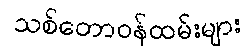
သစ်တောဝန်ထမ်းများ